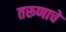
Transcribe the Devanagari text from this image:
तरूणाचे